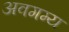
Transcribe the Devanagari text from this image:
अवगम्य